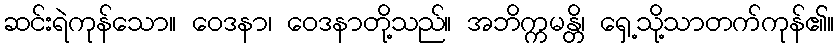
ဆင်းရဲကုန်သော။ ဝေဒနာ၊ ဝေဒနာတို့သည်။ အဘိက္ကမန္တိ၊ ရှေ့သို့သာတက်ကုန်၏။